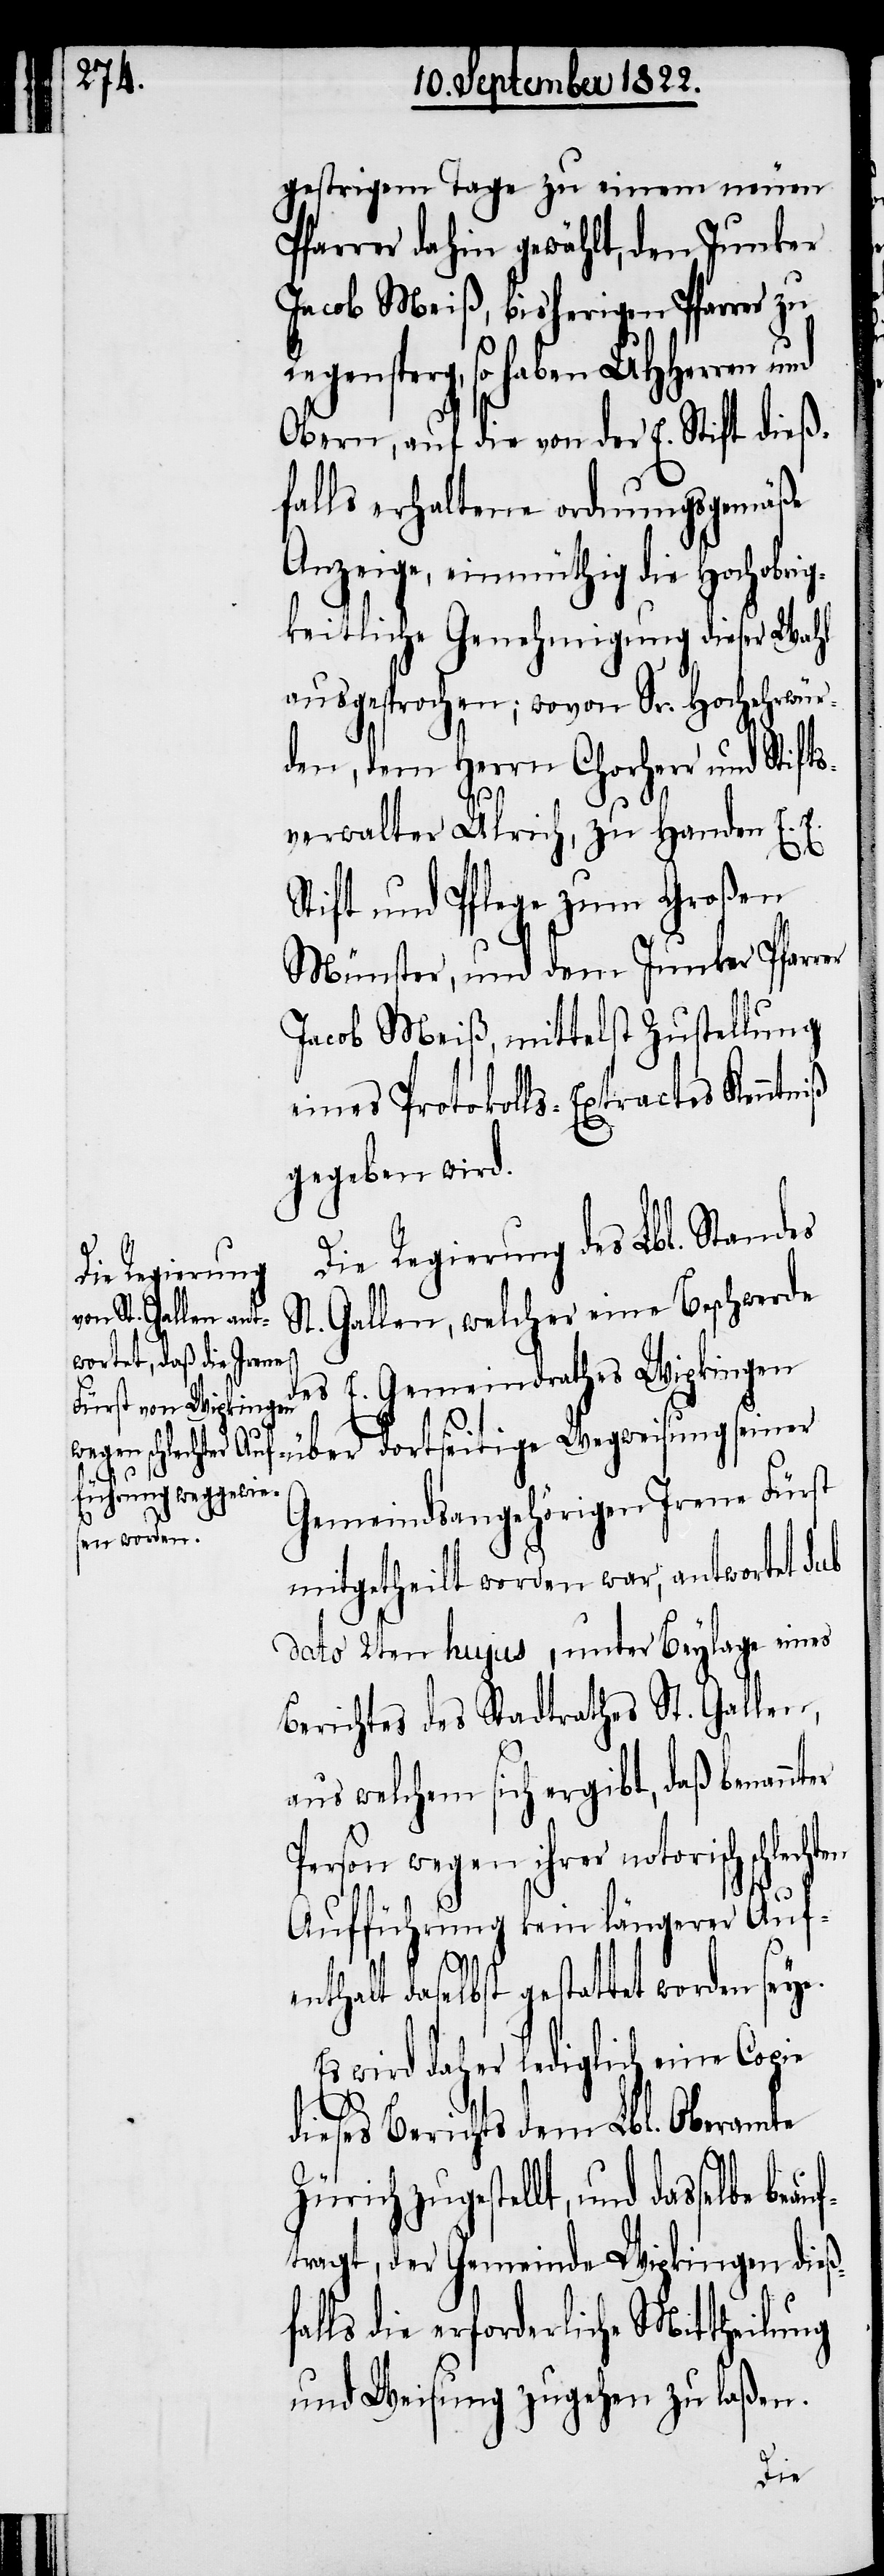
gestrigem Tage zu einem neuen
Pfarrer dahin gewählt, den Junker
Jacob Meiß, bisherigen Pfarrer zu
gensperg, so haben UHHerrn und
Obern, auf die von der E. Stift dieß¬
falls erhaltene ordnungsgemäße
Anzeige, einmüthig die hochobrig¬
keitliche Genehmigung dieser Wahl
ausgesprochen; wovon Sr. Hochehrwür¬
den, dem Herrn Chorherr und Stifts¬
verwalter Ulrich, zu Handen E. E.
Stift und Pflege zum Großen
Münster, und dem Junker Pfarr¬
Jacob Meiß, mittelst Zustellung
eines Protokolls-Extractes Kenntniß
gegeben wird.
Die Regierung des Lbl. Standes
Gallen, welcher eine Beschwerde
de¬
s E. Gemeindrathes Wipkingen
lls
Gemeindsangehörigen Irene Fürst
mitgetheilt worden war, antwortet Sub
dato 2ten hujus, unter Beylage eines
Berichtes des Stadtrathes St. Gallen,
aus welchem sich ergibt, daß benannt¬
Person wegen ihrer notorisch
Aufführung kein längerer Auf¬
fa¬
enthalt daselbst gestattet worden seye.
dieses Berichts dem Lbl. Oberamte
Zürich zugestellt, und dasselbe be¬
ftragt, der Gemeinde Wipkingen dieß¬
erforderliche Mittheilung
und Weisung zugehen zu laßen.
die